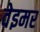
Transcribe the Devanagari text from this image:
वेइमर